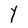
Character: Y